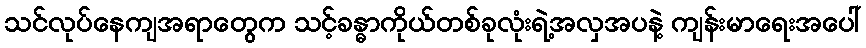
သင်လုပ်နေကျအရာတွေက သင့်ခန္ဓာကိုယ်တစ်ခုလုံးရဲ့အလှအပနဲ့ ကျန်းမာရေးအပေါ်